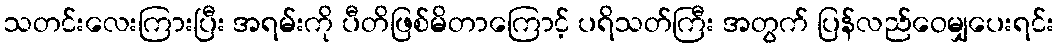
သတင်းလေးကြားပြီး အရမ်းကို ပီတိဖြစ်မိတာကြောင့် ပရိသတ်ကြီး အတွက် ပြန်လည်ဝေမျှပေးရင်း